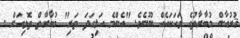
ޤުރުއާން މުބާރާތުގެ ވަހަކައެއް ނޫނެވެ. "އެންމެ އަލިގަދަ ތަރި" މުބާރާތް ތޮޅިއަށް .